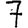
Digit: 7